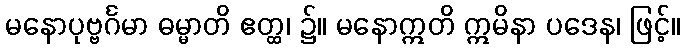
မနောပုဗ္ဗင်္ဂမာ ဓမ္မာတိ ဧတ္ထ၊ ၌။ မနောဣတိ ဣမိနာ ပဒေန၊ ဖြင့်။